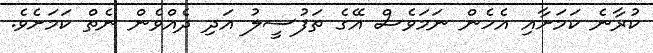
ކުރާނެ ކަމަށާއި އެހެން ނަމަވެސް އޭގެ ތަފުސީލު އަދި ދެއްވެން ނެތް ކަމަށެވެ.